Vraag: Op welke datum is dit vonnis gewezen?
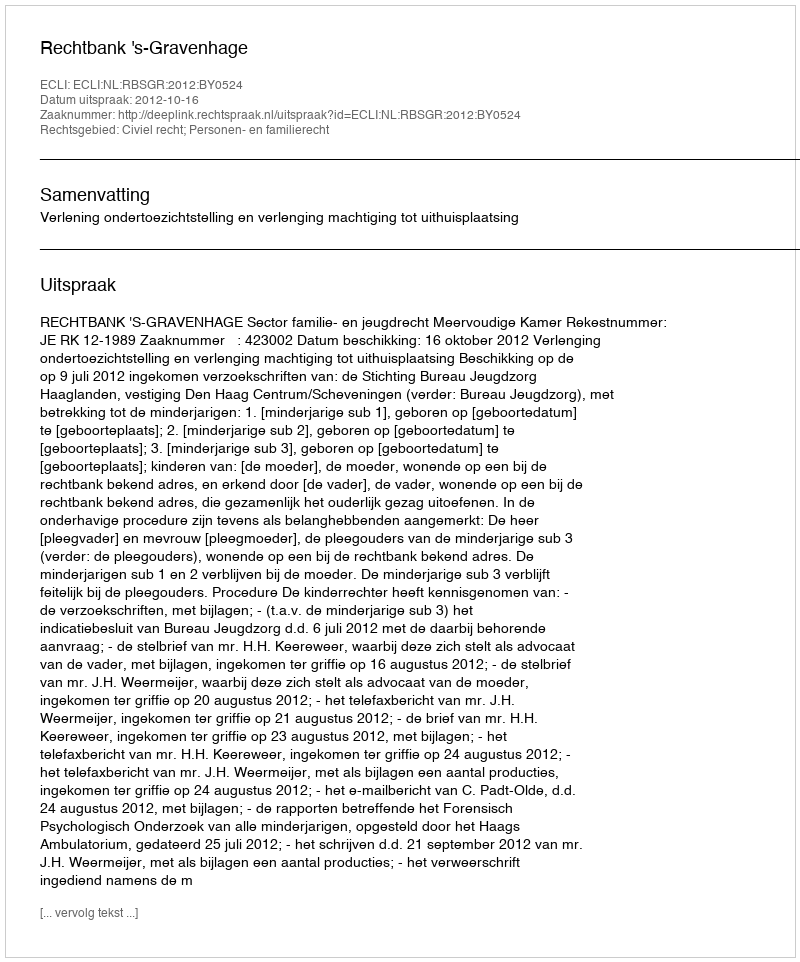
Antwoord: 2012-10-16